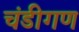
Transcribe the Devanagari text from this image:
चंडीगण